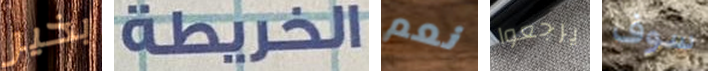
بخير الخريطة نعم يرجعوا سوف